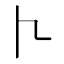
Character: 𠁢